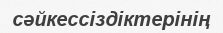
сәйкессіздіктерінің